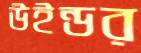
উইন্ডর